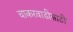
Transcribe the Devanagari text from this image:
चाकरवाडीसाठी